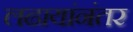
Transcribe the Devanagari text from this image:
लढायांनंतर